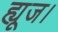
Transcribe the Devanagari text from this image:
ह्यूज।